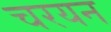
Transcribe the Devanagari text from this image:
चरयन